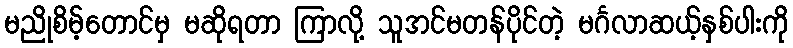
မညိုစိမ့်တောင်မှ မဆိုရတာ ကြာလို့ သူအင်မတန်ပိုင်တဲ့ မင်္ဂလာဆယ့်နှစ်ပါးကို